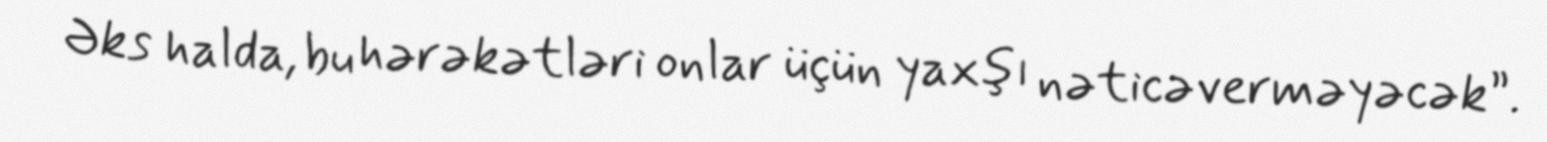
Əks halda, bu hərəkətləri onlar üçün yaxşı nəticəverməyəcək”.